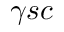
\gamma { s c }